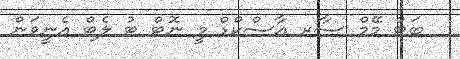
ބަޓް މޭމް ސާރ އާސްކްޑް މީ ނޮޓް ޓު ލެޓް އެނީވަން